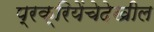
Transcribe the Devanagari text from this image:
प्रक्रियेंचेदेखील